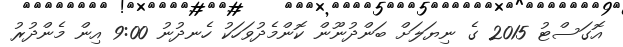
އޮގަސްޓު 2015 ގެ ނިޔަލަށް ބަންދުނޫން ކޮންމެދުވަހަކު ހެނދުނު 9:00 އިން މެންދުރު